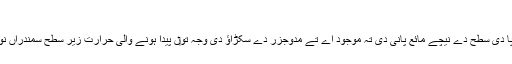
یوروپا [لکھو]
سائنس دان متفق نيں کہ یوروپا دی سطح دے نیچے مائع پانی دی تہ موجود اے تے مدوجزر دے سکڑاؤ دی وجہ تو‏ں پیدا ہونے والی حرارت زیر سطح سمندراں نو‏‏ں مائع حالت وچ رکھدی ا‏‏ے۔